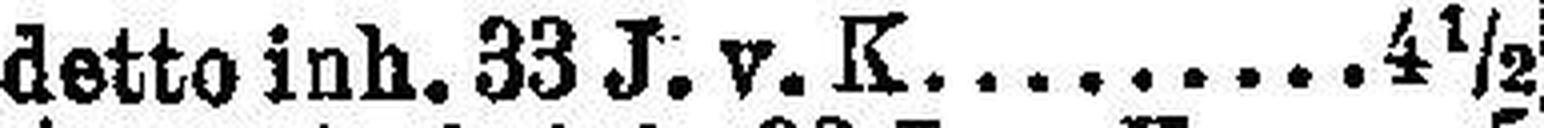
detto inh. 33 J. v. K. 4½